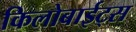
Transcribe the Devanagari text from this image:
किलोबाईट्स